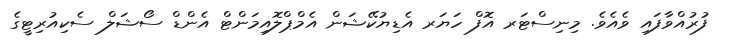
ފުރުއްވާފައި ވެއެވެ. މިނިސްޓަރ އޮފް ހަޔަރ އެޑިޔުކޭޝަން އެމްޕްލޮއިމަންޓް އެންޑް ސޯޝަލް ސެކިއުރިޓީގެ